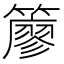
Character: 𥵬